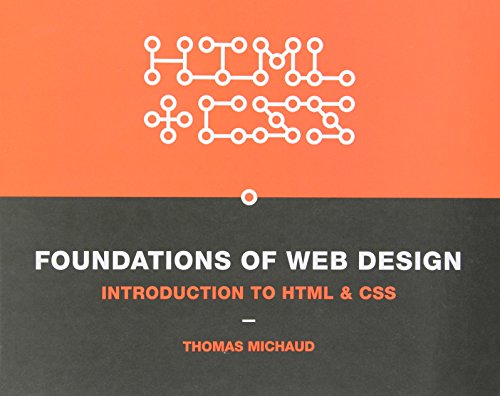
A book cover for Foundations of Web Design: Introduction to HTML & CSS; Thomas Michaud; Computers & Technology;